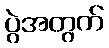
ပွဲအတွက်